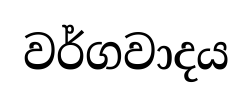
වර්ගවාදය